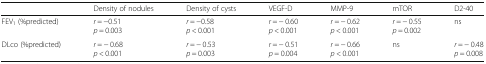
<table><thead><tr><td></td><td><b>Density of nodules</b></td><td><b>Density of cysts</b></td><td><b>VEGF-D</b></td><td><b>MMP-9</b></td><td><b>mTOR</b></td><td><b>D2-40</b></td></tr></thead><tbody><tr><td>FEV<sub>1</sub> (%predicted)</td><td><i>r</i> = −0.51<i>p</i> = 0.003</td><td><i>r</i> = −0.58<i>p</i> &lt; 0.001</td><td><i>r</i> = − 0.60<i>p</i> &lt; 0.001</td><td><i>r</i> = − 0.62<i>p</i> &lt; 0.001</td><td><i>r</i> = − 0.55<i>p</i> = 0.002</td><td>ns</td></tr><tr><td>DLco (%predicted)</td><td><i>r</i> = − 0.68<i>p</i> &lt; 0.001</td><td><i>r</i> = − 0.53<i>p</i> = 0.003</td><td><i>r</i> = − 0.51<i>p</i> = 0.004</td><td><i>r</i> = − 0.66<i>p</i> &lt; 0.001</td><td>ns</td><td><i>r</i> = − 0.48<i>p</i> = 0.008</td></tr></tbody></table>